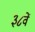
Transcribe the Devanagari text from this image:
३८वें